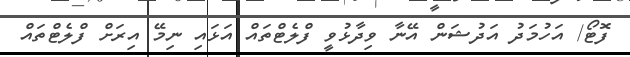
ފޮޓޯ/ އަހުމަދު އަދުޝަން އޭނާ ވިދާޅުވީ ފްލެޓްތައް އަޅައި ނިމޭ އިރަށް ފްލެޓްތައް